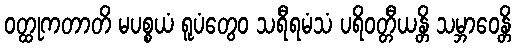
ဝတ္ထုကတာတိ မပစ္စယံ ရူပံတွေဝ သရီရမံသံ ပရိဝတ္တီယန္တိ သမ္ဘာဝေန္တိ